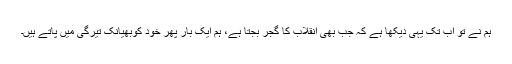
ہم نے تو اب تک یہی دیکھا ہے کہ جب بھی انقلاب کا گجر بجتا ہے، ہم ایک بار پھر خود کوبھیانک تیرگی میں پاتے ہیں۔